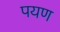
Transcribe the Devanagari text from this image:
पयण